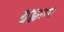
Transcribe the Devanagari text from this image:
गुह्यतम